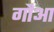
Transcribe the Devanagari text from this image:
गौआ